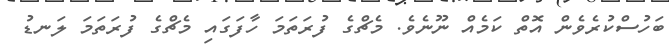
ބަހުސްކުރެވެން އޮތް ކަމެއް ނޫނެވެ. މެޗްގެ ފުރަތަމަ ހާފަގައި މެޗްގެ ފުރަތަމަ ލަނޑު